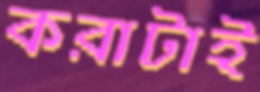
করাটাই